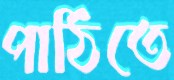
পাঠিতে